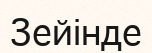
Зейінде